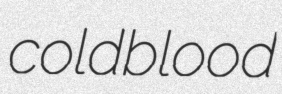
coldblood